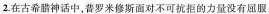
2.在古希腊神话中，普罗米修斯面对不可抗拒的力量没有屈服，